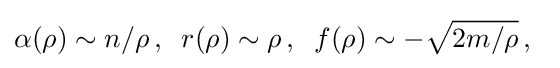
\alpha (\rho )\sim n/\rho \,,\;\;r(\rho )\sim \rho \,,\;\;f(\rho )\sim -{\sqrt {2m/\rho }}\,,\;\;